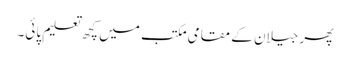
پھر جیلان کے مقامی مکتب میں کچھ تعلیم پائی۔